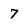
Character: 7